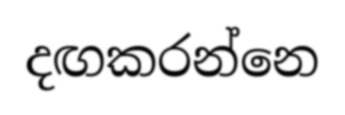
දඟකරන්නෙ